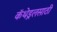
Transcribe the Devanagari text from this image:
कॅथेड्रलसाठी